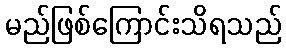
မည်ဖြစ်ကြောင်းသိရသည်